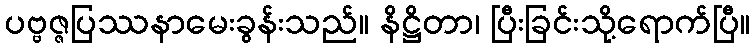
ပဗ္ဗဇ္ဇပြဿနာမေးခွန်းသည်။ နိဋ္ဌိတာ၊ ပြီးခြင်းသို့ရောက်ပြီ။